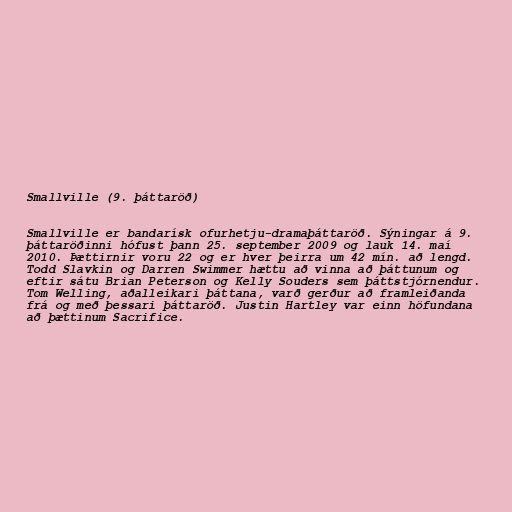
Smallville (9. þáttaröð)

Smallville er bandarísk ofurhetju-dramaþáttaröð. Sýningar á 9.
þáttaröðinni hófust þann 25. september 2009 og lauk 14. maí
2010. Þættirnir voru 22 og er hver þeirra um 42 mín. að lengd.
Todd Slavkin og Darren Swimmer hættu að vinna að þáttunum og
eftir sátu Brian Peterson og Kelly Souders sem þáttstjórnendur.
Tom Welling, aðalleikari þáttana, varð gerður að framleiðanda
frá og með þessari þáttaröð. Justin Hartley var einn höfundana
að þættinum Sacrifice.